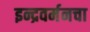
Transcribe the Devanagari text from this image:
इन्द्रवर्मनचा